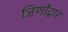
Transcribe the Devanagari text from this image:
जिर्णोद्वार